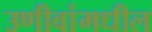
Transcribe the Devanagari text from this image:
उणीवांमधील